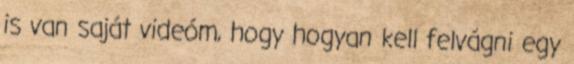
is van saját videóm, hogy hogyan kell felvágni egy